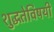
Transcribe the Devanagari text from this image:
शुद्धतेविषयी